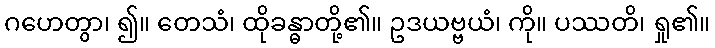
ဂဟေတွာ၊ ၍။ တေသံ၊ ထိုခန္ဓာတို့၏။ ဥဒယဗ္ဗယံ၊ ကို။ ပဿတိ၊ ရှု၏။